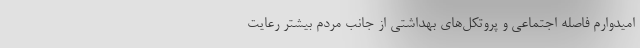
امیدوارم فاصله اجتماعی و پروتکل‌های بهداشتی از جانب مردم بیشتر رعایت